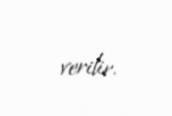
verilir.